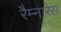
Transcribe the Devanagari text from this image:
रैम्नारेस